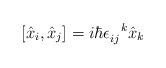
\begin{align*} [\hat{x}_i, \hat{x}_j] = i\hbar \epsilon_{ij}^{\ \ k} \hat{x}_k\end{align*}